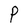
Character: P